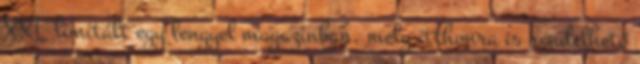
XXL limitált egy lengyel magazinban, mely itthonra is rendelhető